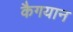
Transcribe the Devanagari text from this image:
कैगयान